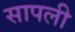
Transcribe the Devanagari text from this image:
सापली